Scottish Leaving Certificate Examination, 1959
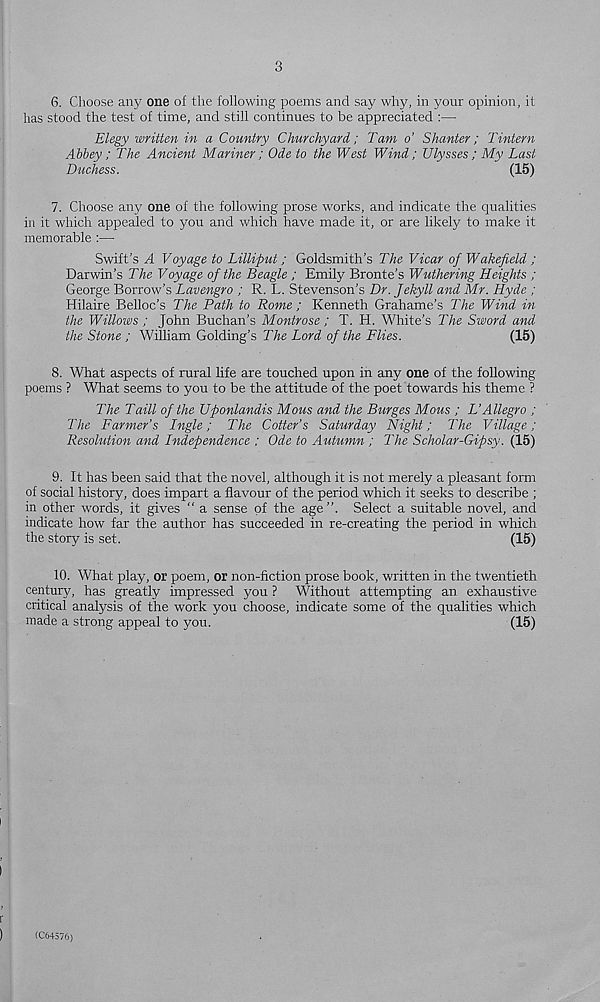
3
6.
Choose any one of the following poems and say why, in your op
has stood the test of time, and still continues to be appreciated :—
Elegy written in a Country Churchyard; Tam o’ Shunter; Tintern
Abbey ; The Ancient Mariner; Ode to the West Wind; Ulysses ; My Last
Duchess.
(15)
7. Choose any one of the following prose works, and indicate the qualities
in it which appealed to you and which have made it, or are likely to make it
memorable :—
Swift’s A Voyage to Lilliput; Goldsmith’s The Vicar of Wakefield ;
Darwin’s The Voyage of the Beagle ; Emily Bronte’s Wuthering Heights ;
George Borrow’s Lavengro / R. L. Stevenson’s Dr. fekyll and Mr. Hyde ;
Hilaire Belloc’s The Path to Rome ; Kenneth Grahame’s The Wind in
the Willows ; John Buchan’s Montrose; T. H. White’s The Sword and
the Stone ; William Golding’s The Lord of the Flies.
(15)
8. What aspects of rural life are touched upon in any one of the following
poems ? What seems to you to be the attitude of the poet towards his theme ?
The Taill of the Ufionlandis Mous and the Burges Mous ; L’Allegro ;
The Farmer’s Ingle; The Cotter’s Saturday Night; The Village;
Resolution and Independence ; Ode to Autumn ; The Scholar-Gipsy. (15)
9. It has been said that the novel, although it is not merely a pleasant form
of social history, does impart a flavour of the period which it seeks to describe ;
in other words, it gives “ a sense of the age”. Select a suitable novel, and
indicate how far the author has succeeded in re-creating the period in which
the story is set.
(15)
10. What play, or poem, or non-fiction prose book, written in the twentieth
century, has greatly impressed you ? Without attempting an exhaustive
critical analysis of the work you choose, indicate some of the qualities which
made a strong appeal to you.
(15)
(C64576)